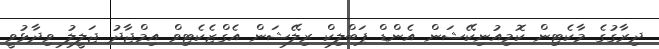
ދިރާގުގެ މާކެޓިން ކޮމިއުނިކޭޝަން އެންޑް ޕަބްލިކް ރިލޭޝަން އެގްޒެކެޓިވް އިމްޖާދު ޖަލީލު ވިދާޅުވީ